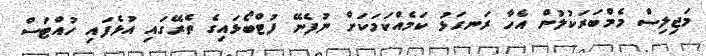
މަޖިލިސް މެމްބަރަކުލުން އެހާ ރަނގަޅު ކަމެއްކަމަކަށް ނުފެނޭ ފުޓްބޯޅައިގެ ތެރޭގައި އުޅެފައި ހުއްޓަސް